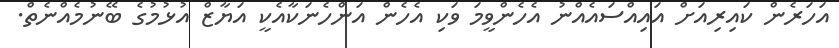
އަހަރެން ކައިރިއަށް އައިއްސައެއްނު އެހެންވީމަ ވަކި އެހެން އަންހެނަކާއެކީ އަޔާޒް އުޅުމުގެ ބޭނުމެއްނެތް.